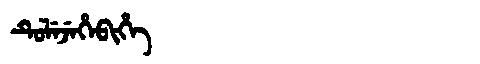
Manchu: ᡨᡠᠯᡝᠵᡝᡥᡝᠪᡳᡥᡝ
Romanization: TULEJEHEBIHE